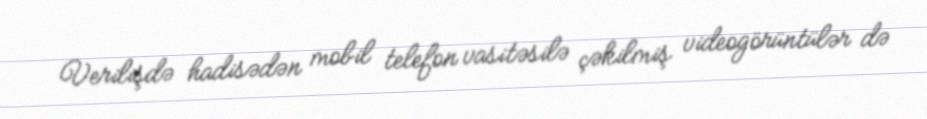
Verilişdə hadisədən mobil telefon vasitəsilə çəkilmiş videogörüntülər də